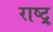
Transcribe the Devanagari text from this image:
राष्ट्र्